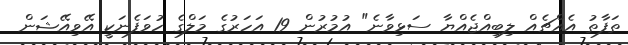
ތަފާތު އެއްޗެއް ލިބިއްޖެއްޔާ ސަޅިވާނެ" އުމުރުން 19 އަހަރުގެ މަލްގެ ހުވަފެނަކީ އޭވިއޭޝަން